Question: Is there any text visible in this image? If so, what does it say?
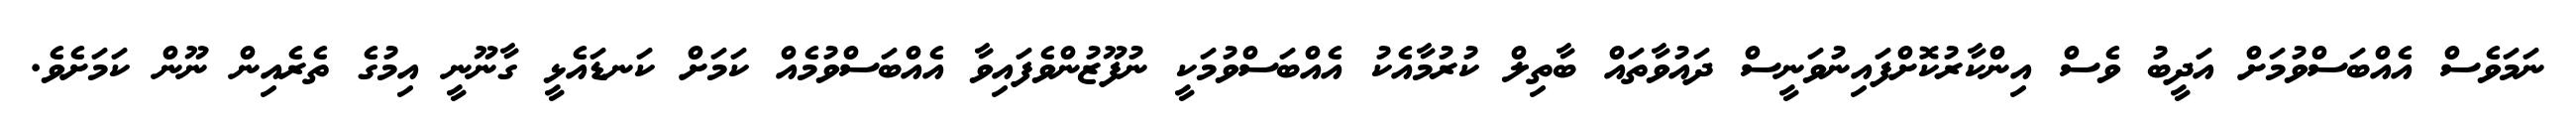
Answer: ނަމަވެސް އެއްބަސްވުމަށް އަދީބު ވެސް އިންކާރުކޮށްފައިނުވަނީސް ދައުވާތައް ބާތިލް ކުރުމާއެކު އެއްބަސްވުމަކީ ނުފޫޒުންވެފައިވާ އެއްބަސްވުމެއް ކަމަށް ކަނޑައެޅީ ގާނޫނީ އިމުގެ ތެރެއިން ނޫން ކަމަށެވެ.